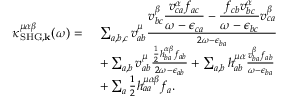
\begin{array} { r l } { \kappa _ { \mathrm { S H G } , \mathbf { k } } ^ { \mu \alpha \beta } ( \omega ) = \, \, } & { \sum _ { a , b , c } v _ { a b } ^ { \mu } \frac { \displaystyle v _ { b c } ^ { \beta } \frac { v _ { c a } ^ { \alpha } f _ { a c } } { \omega - \epsilon _ { c a } } - \frac { f _ { c b } v _ { b c } ^ { \alpha } } { \omega - \epsilon _ { b c } } v _ { c a } ^ { \beta } } { 2 \omega - \epsilon _ { b a } } } \\ & { + \sum _ { a , b } v _ { a b } ^ { \mu } \frac { \frac { 1 } { 2 } h _ { b a } ^ { \alpha \beta } f _ { a b } } { 2 \omega - \epsilon _ { a b } } + \sum _ { a , b } h _ { a b } ^ { \mu \alpha } \frac { v _ { b a } ^ { \beta } f _ { a b } } { \omega - \epsilon _ { b a } } } \\ & { + \sum _ { a } \frac { 1 } { 2 } h _ { a a } ^ { \mu \alpha \beta } f _ { a } \mathrm { . } } \end{array}